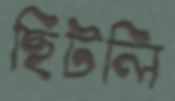
ছিটলি